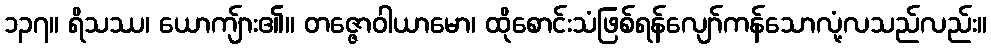
၁၃၇။ ရိသဿ၊ ယောကျ်ား၏။ တဇ္ဇောဝါယာမော၊ ထိုစောင်းသံဖြစ်ရန်လျော်ကန်သောလုံ့လသည်လည်း။